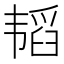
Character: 韬